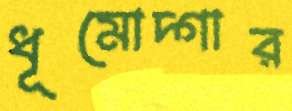
ধূমোদ্গার